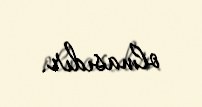
olmasıdır.